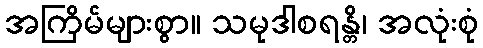
အကြိမ်များစွာ။ သမုဒါစရန္တိ၊ အလုံးစုံ